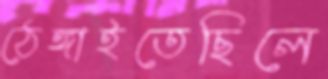
ঠেঙ্গাইতেছিলে